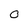
Character: 0